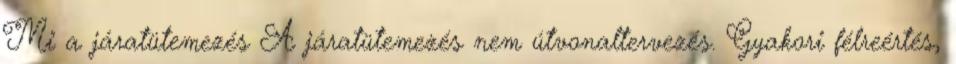
Mi a járatütemezés A járatütemezés nem útvonaltervezés. Gyakori félreértés,